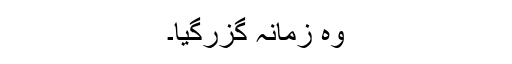
وہ زمانہ گزرگیا۔